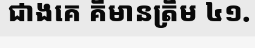
ជាងគេ គឺមានត្រឹម ៤១.